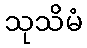
သုသိမံ